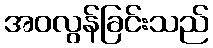
အဝလွန်ခြင်းသည်